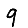
Digit: 9